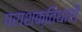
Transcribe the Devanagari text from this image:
पराशक्तिधारी